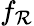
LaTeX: f_{\mathcal{R}}